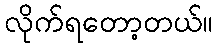
လိုက်ရတော့တယ်။